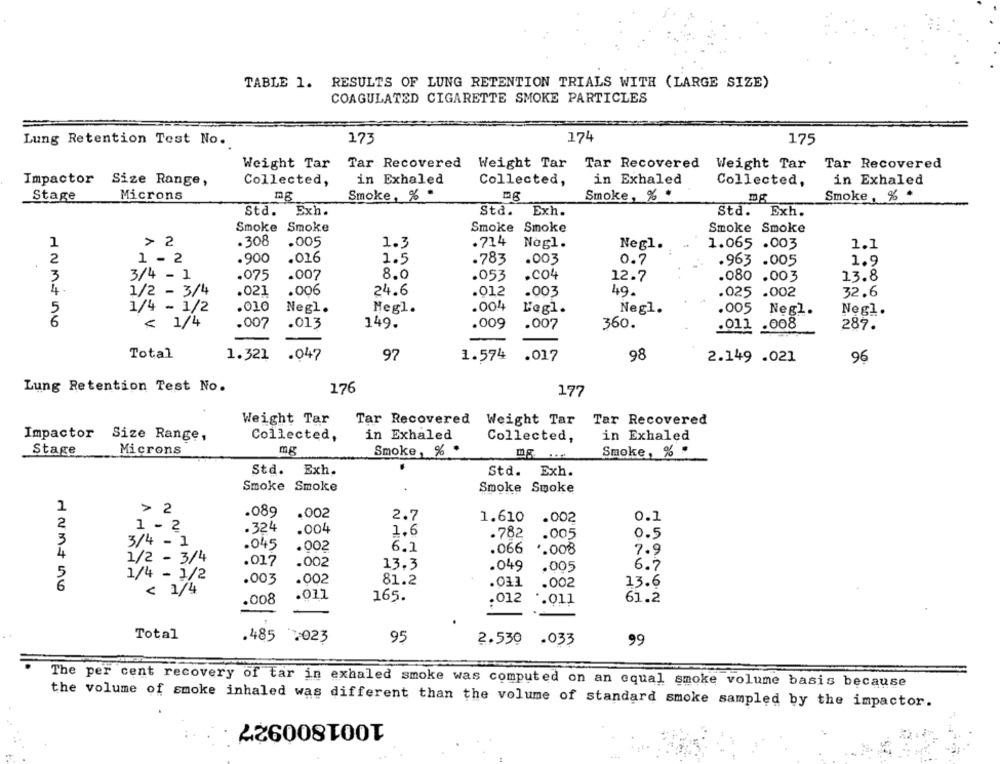
TABLE 1. RESULTS OF LUNG RETENTION TRIALS WITH (LARGE SIZE)
COAGULATED CIGARETTE SMOKE PARTICLES
174
Lung Retention Test No.
173
175
Weight Tar
Tar Recovered
Weight Tar Tar Recovered Weight Tar
Tar Recovered
Impactor Size Range,
Collected,
in Exhaled
Collected,
in Exhaled
Collected,
in Exhaled
Stage
Microns
Smoke, % *
Smoke, % *
Smoke, % *
Sta.
Exh.
Std.
Exh.
Sta.
Exh.
Smoke Smoke
Smoke Smoke
Smoke Smoke
> 2
.308
.005
1.3
.714
Nogl.
1.065 .003
1.1
Negl.
2
1 - 2
.900
.016
1.5
.783
.003
0.7
.963 .005
1.9
.075
.007
8.0
.CO4
3
3/4 - 1
.053
12.7
.080 .003
13.8
4
.006
.012
1/2 - 3/4
.021
24.6
.003
49.
.025 .002
32.6
5
1/4 - 1/2
.010
Negl.
Negl.
.004
Legl.
Negl.
.005 Negl.
Negl.
6
1/4
.007
.013
149.
.009
.007
360.
.011 .008
287.
Total
1.321
.047
97
1.574
.017
98
2.149 .021
96
Lung Retention Test No.
176
197
Weight Tar
Tar Recovered
Tar Recovered Weight Tar
Impactor
Collected,
in Exhaled
in Exhaled
Size Range,
Collected,
Stage
Microns
mg
Smoke, % .
Smoke, % .
Std. Exh.
Exh.
Std. Exh.
Smoke Smoke
Smoke Smoke
2
> 2
.089
.002
2.7
1.610
.002
0.1
2
.324
1 - 2
.004
1.6
.782
.005
0.5
3
3/4 - 1
.045
.002
6.1
.066
.. 008
7.9
4
1/2 - 3/4
.017
.002
13.3
.049
6.7
5
.005
1/4 - 1/2
.003
.002
81.2
6
.033
.002
13.6
< 1/4
.011
.008
165.
.012
·. 011
61.2
Total
.485
2023
95
2.530 .033
99
The per cent recovery of tar in exhaled smoke was computed on an equal smoke volume basis because
the volume of smoke inhaled was different than the volume of standard smoke sampled by the impactor.
1001800927